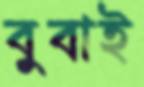
বুবাই